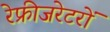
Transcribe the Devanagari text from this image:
रेफ्रीजरेटरों